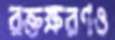
রক্তক্ষরণও